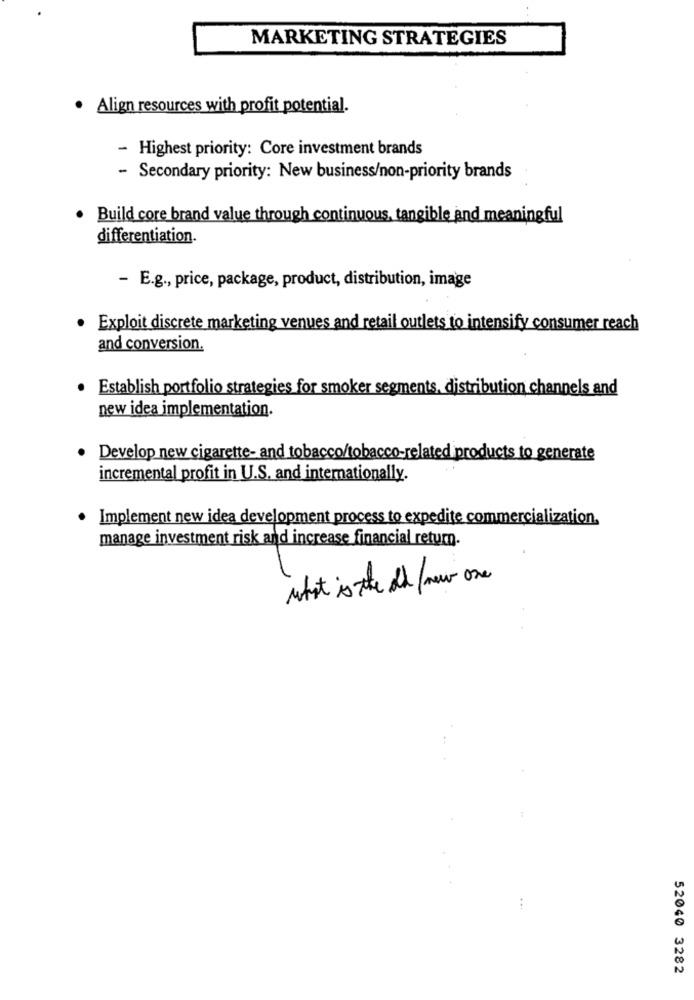
MARKETING STRATEGIES
· Align resources with profit potential.
- Highest priority: Core investment brands
- Secondary priority: New business/non-priority brands
Build core brand value through continuous, tangible and meaningful
differentiation.
- E.g ., price, package, product, distribution, image
· Exploit discrete marketing venues and retail outlets to intensify consumer reach
and conversion.
Establish portfolio strategies for smoker segments, distribution channels and
new idea implementation.
Develop new cigarette- and tobacco/tobacco-related products to generate
incremental profit in U.S. and internationally.
Implement new idea development process to expedite commercialization.
manage investment risk and increase financial return.
what is the old new one
52040 3282